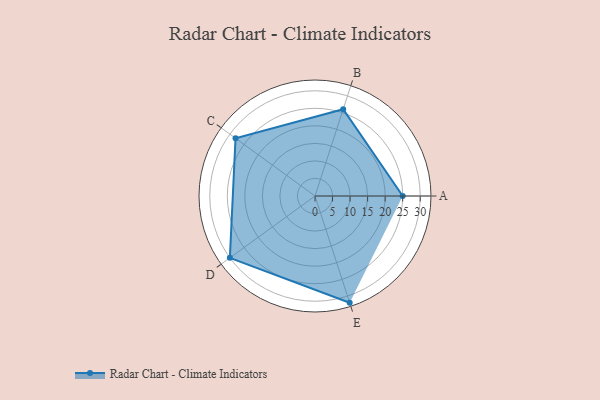
{"axis": {"x": "Skill", "y": "Score"}, "legend": ["Profile"], "data": [{"x": "A", "y": 25.0, "type": "Profile"}, {"x": "B", "y": 26.0, "type": "Profile"}, {"x": "C", "y": 28.0, "type": "Profile"}, {"x": "D", "y": 30.0, "type": "Profile"}, {"x": "E", "y": 32.0, "type": "Profile"}]}